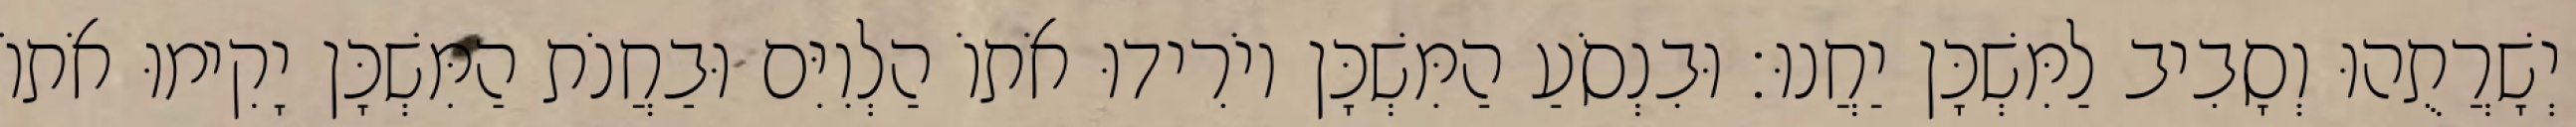
יְשָׁרֲתֻהוּ וְסָבִיב לַמִּשְׁכָּן יַחֲנוּ׃ וּבִנְסֹעַ הַמִּשְׁכָּן יוֹרִידוּ אֹתוֹ הַלְוִיִּם וּבַחֲנֹת הַמִּשְׁכָּן יָקִימוּ אֹתוֹ